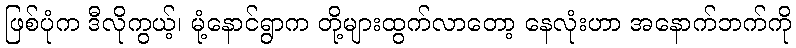
ဖြစ်ပုံက ဒီလိုကွယ့်၊ မုံ့နောင်ရွာက တို့များထွက်လာတော့ နေလုံးဟာ အနောက်ဘက်ကို